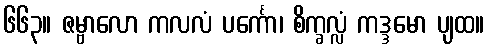
၆၆၃။ ဇမ္ဗာလော ကလလံ ပင်္ကော၊ စိက္ခလ္လံ ကဒ္ဒမော ပျထ။